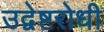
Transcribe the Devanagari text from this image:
उद्वेष्टरोधी